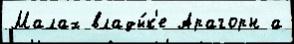
Малах влады́к'е Арагорн а